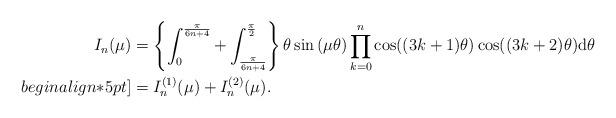
LaTeX: \begin{align*}I_n(\mu)&=\left \{\int_0^{\frac{\pi}{6n+4}}+\int_{\frac{\pi}{6n+4}}^{\frac{\pi}{2}}\right \}\theta\sin\left(\mu\theta\right)\prod_{k=0}^{n}\cos((3k+1)\theta)\cos((3k+2)\theta)\mathrm{d}\theta\\begin{align*}5pt]&=I^{(1)}_n(\mu)+I^{(2)}_n(\mu).\end{align*}